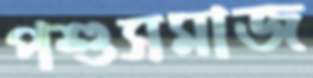
পশুসমাজ